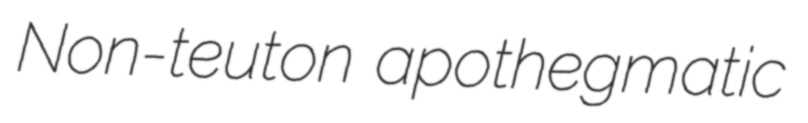
Non-teuton apothegmatic